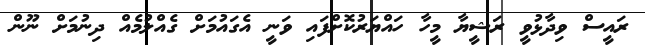
ރައީސް ވިދާޅުވީ ރަޝީޔާ މީހާ ހައްޔަރުކޮށްފައި ވަނީ އެގައުމަށް ގެއްލުމެއް ދިނުމަށް ނޫން